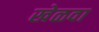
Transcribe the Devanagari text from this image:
खेळवा